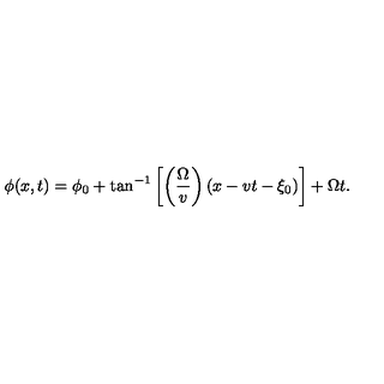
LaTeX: \phi ( x , t ) = \phi _ { 0 } + \tan ^ { - 1 } \left[ \left( \frac { \Omega } { v } \right) ( x - v t - \xi _ { 0 } ) \right] + \Omega t .